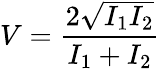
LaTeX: V=\frac{2\sqrt{I_{1}I_{2}}}{I_{1}+I_{2}}